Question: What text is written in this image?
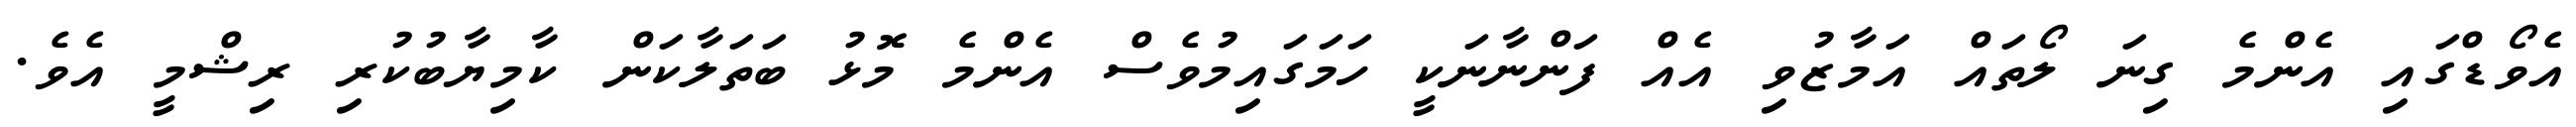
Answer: އެވޯޑްގައި އެންމެ ގިނަ ލޯތައް އަމާޒުވި އެއް ފަންނާނަކީ ހަމަގައިމުވެސް އެންމެ މޮޅު ބަތަލާކަން ކާމިޔާބުކުރި ރިޝްމީ އެވެ.